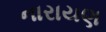
નારાયણ